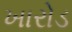
ખારોડ